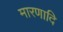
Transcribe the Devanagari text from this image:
मारणादि